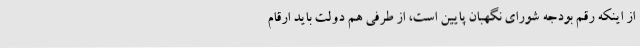
از اینکه رقم بودجه شورای نگهبان پایین است، از طرفی هم دولت باید ارقام